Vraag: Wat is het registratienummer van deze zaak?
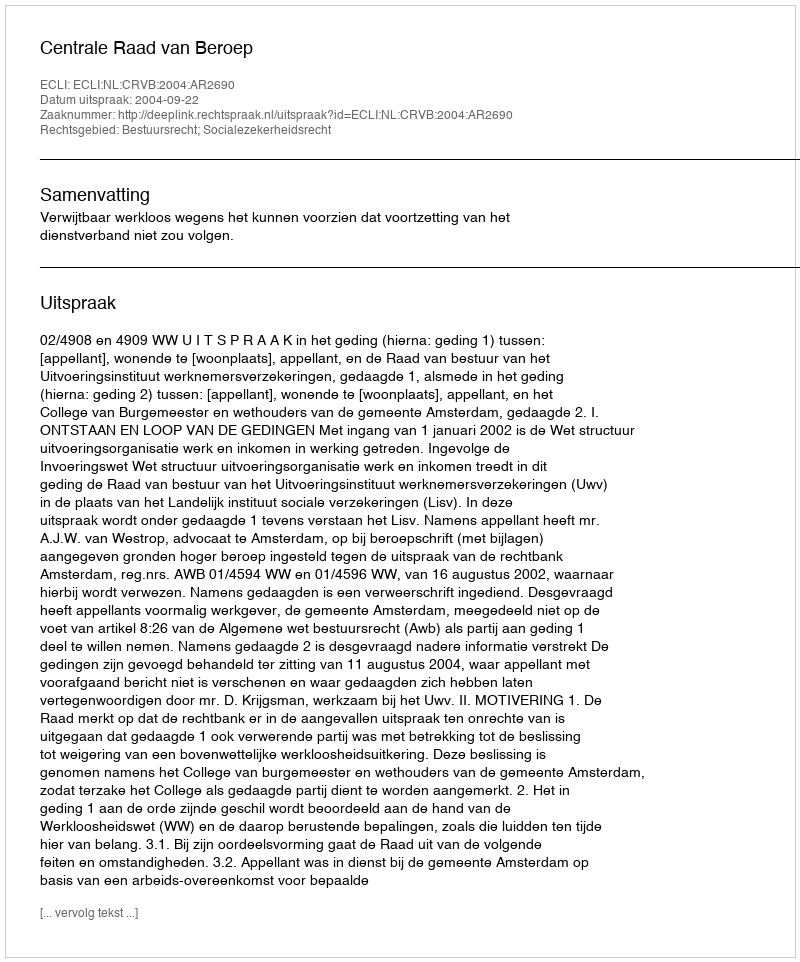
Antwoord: http://deeplink.rechtspraak.nl/uitspraak?id=ECLI:NL:CRVB:2004:AR2690